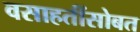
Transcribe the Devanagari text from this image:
वसाहतींसोबत